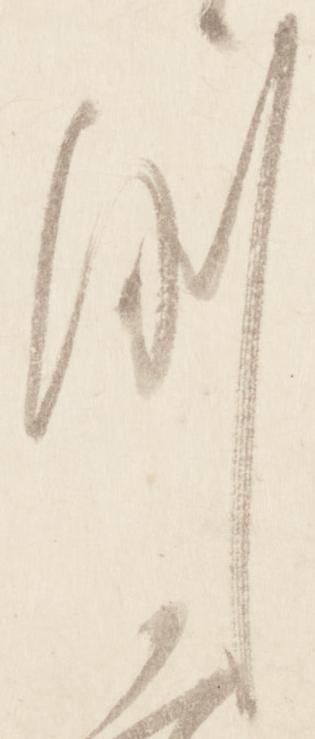
例